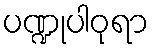
ပဏ္ဍုပါဝုရာ